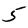
Digit: 5